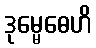
ဒုမ္မေဓေဟိ